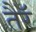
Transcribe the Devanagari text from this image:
तैरॅ